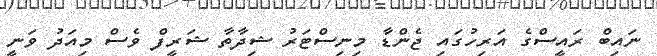
ނައިބް ރައީސްގެ އަރިހުގައި ޖެންޑާ މިނިސްޓަރު ޝިދާތާ ޝަރީފް ވެސް މިއަދު ވަނީ